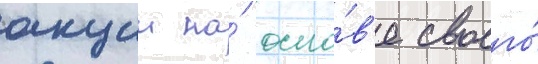
акции на́ осно́в'е своего́